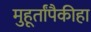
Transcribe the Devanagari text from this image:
मुहूर्तांपैकीहा